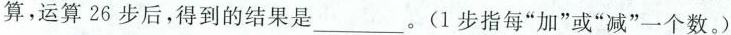
算，运算26步后，得到的结果是___。(1步指每”加”或”减”一个数。)